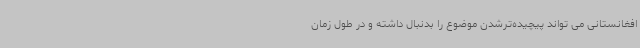
افغانستانی می تواند پیچیده‌ترشدن موضوع را بدنبال داشته و در طول زمان